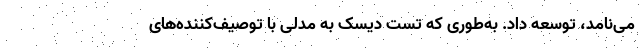
می‌نامد، توسعه داد. به‌طوری که تست دیسک به مدلی با توصیف‌کننده‌های